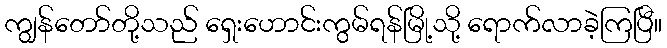
ကျွန်တော်တို့သည် ရှေးဟောင်းကွမ်ရန်မြို့သို့ ရောက်လာခဲ့ကြပြီ။